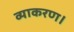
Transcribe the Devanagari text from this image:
व्याकरण।